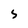
Character: S